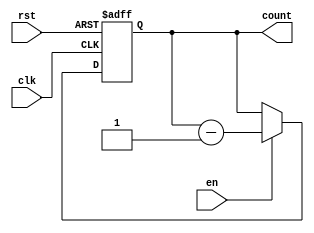
module BCD_Down_Counter_with_Enable(
    input wire clk,
    input wire rst,
    input wire en,
    output reg [3:0] count
);

reg [3:0] counter_reg;

always @ (posedge clk or posedge rst)
begin
    if (rst)
        counter_reg <= 4'b0000;
    else if (en)
        counter_reg <= counter_reg - 1;
end

assign count = counter_reg;

endmodule